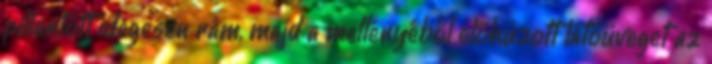
pillantott idegesen rám, majd a mellényéből előhúzott látóüveget az